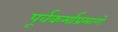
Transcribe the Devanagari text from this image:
पूर्वकर्माप्रमाणे